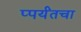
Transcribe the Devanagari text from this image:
प्पर्यंतचा